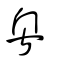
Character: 粤